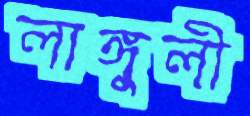
লাঙ্গুলী